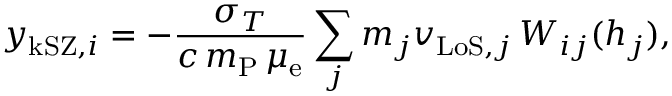
y _ { \mathrm { k S Z , } i } = - \frac { \sigma _ { T } } { c \, m _ { \mathrm { P } } \, \mu _ { \mathrm { e } } } \sum _ { j } m _ { j } v _ { \mathrm { L o S , } j } \, W _ { i j } ( h _ { j } ) ,